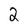
Character: 2